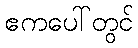
ဧကပေါ်တွင်